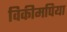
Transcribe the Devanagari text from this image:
विकीमपिया